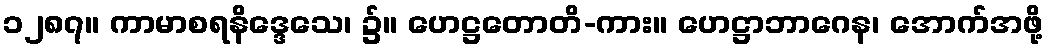
၁၂၈၇။ ကာမာစရနိဒ္ဒေသေ၊ ၌။ ဟေဋ္ဌတောတိ-ကား။ ဟေဋ္ဌာဘာဂေန၊ အောက်အဖို့